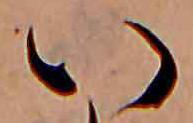
い